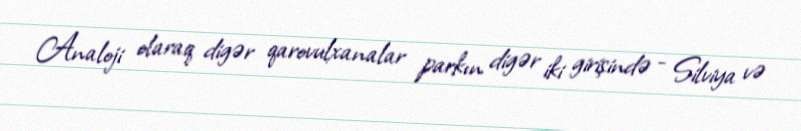
Analoji olaraq digər qarovulxanalar parkın digər iki girişində - Silviya və